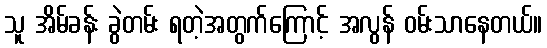
သူ အိမ်ခန်း ခွဲတမ်း ရတဲ့အတွက်ကြောင့် အလွန် ဝမ်းသာနေတယ်။